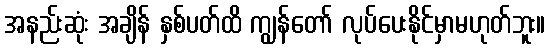
အနည်းဆုံး အချိန် နှစ်ပတ်ထိ ကျွန်တော် လုပ်ပေးနိုင်မှာမဟုတ်ဘူး။